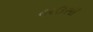
હાઉસી